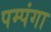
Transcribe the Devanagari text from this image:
पम्पंगा